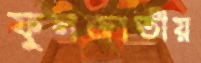
ফুলজাতীয়